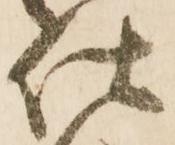
仕